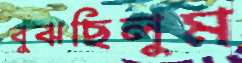
বুঝছিলুম